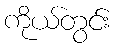
ကိုယ်တွင်း